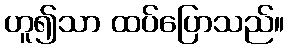
ဟူ၍သာ ထပ်ပြောသည်။